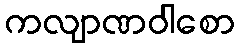
ကလျာဏဝါစော